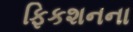
ફિકશનના